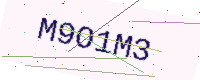
Text: M9O1M3